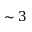
\sim 3